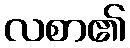
လစာ၏